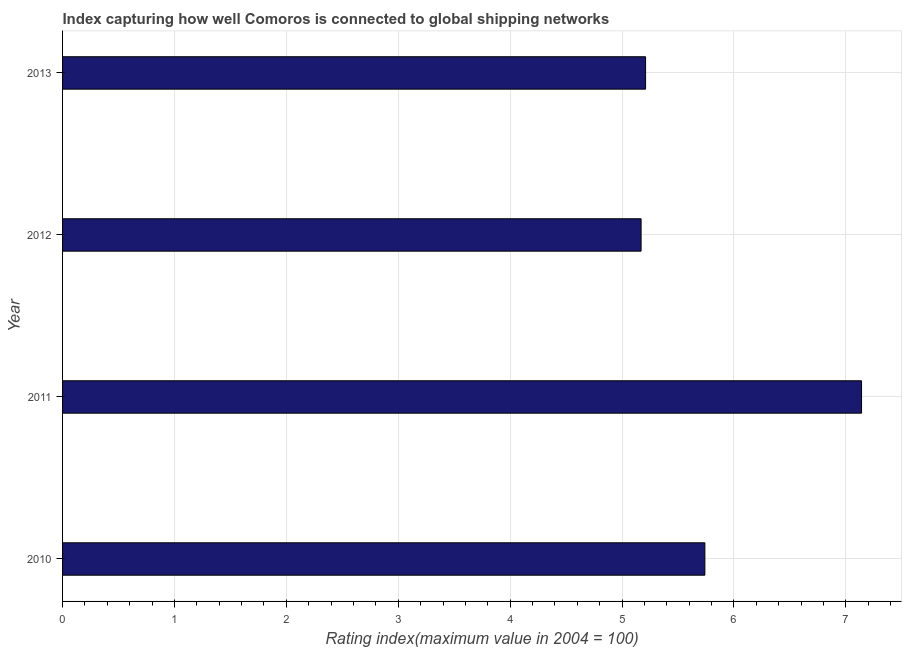
| Year | Liner shipping connectivity index  |
 | --- | --- |
 | 2010 | 5.74 |
 | 2011 | 7.14 |
 | 2012 | 5.17 |
 | 2013 | 5.21 |